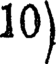
10)